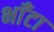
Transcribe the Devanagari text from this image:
भाँटा